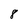
Character: 8